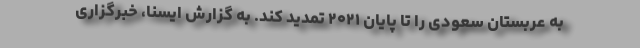
به عربستان سعودی را تا پایان ۲۰۲۱ تمدید کند. به گزارش ایسنا، خبرگزاری